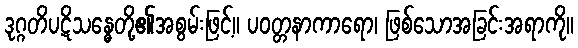
ဒုဂ္ဂတိပဋိသန္ဓေတို့၏အစွမ်းဖြင့်။ ပဝတ္တနာကာရော၊ ဖြစ်သောအခြင်းအရာကို။